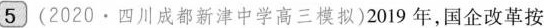
5 (2020·四川成都新津中学高三模拟)2019年，国企改革按